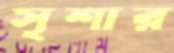
সৃশার